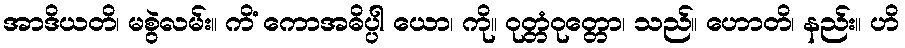
အာဒိယတိ၊ မစွဲလမ်း။ ကိံ ကောအဓိပ္ပါ ယော၊ ကို။ ဝုတ္တံဝုတ္တော၊ သည်။ ဟောတိ၊ နည်း။ ဟိ